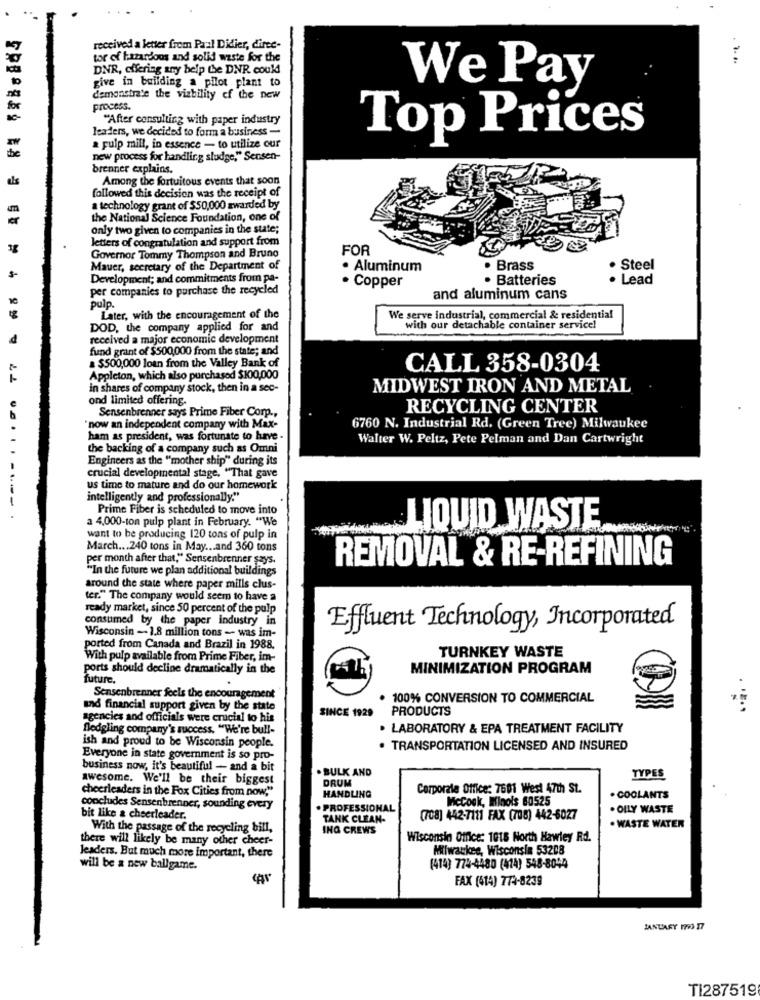
received a letter from Paal Didier, direc-
tor of hazardous and solid waste for the
....
DNR, offering any help the DNR could
give in building a pilot plant to
We Pay
demonstrate the viability of the new
for
process.
"After consulting with paper industry
leaders, we decided to form a business -
Top Prices
a pulp mill, in essence - to utilize our
the
new process for handling sludge," Sensen-
brenner explains.
als
Among the fortuitous events that soon
followed this decision was the receipt of
a technology grant of $50,000 zwarded by
the National Science Foundation, one of
only two given to companies in the state;
letters of congratulation and support from
FOR
Governor Tommy Thompson and Bruno
Mauer, secretary of the Department of
· Aluminum
· Brass
· Steel
Development; and commitments from pa-
· Batteries
· Lead
per companies to purchase the recycled
· Copper
and aluminum cans
pulp.
Later, with the encouragement of the
We serve industrial, commercial & residential
DOD, the company applied for and
with our detachable container service!
d
received a major economic development
fund grant of $500,000 from the state; and
a $500,000 loan from the Valley Bank of
CALL 358-0304
Appleton, which also purchased $100,000
in shares of company stock, then in a sec-
MIDWEST IRON AND METAL
ond limited offering.
Sensenbrenner says Prime Fiber Corp .,
RECYCLING CENTER
"now an independent company with Max-
6760 N. Industrial Rd. (Green Tree) Milwaukee
ham as president, was fortunate to have -
Walter W. Peltz, Pete Pelman and Dan Cartwright
the backing of a company such as Omni
Engineers as the "mother ship" during its
crucial developmental stage, "That gave
us time to mature and do our homework
intelligently and professionally."
-----
Prime Fiber is scheduled to move into
a 4,000-ton pulp plant in February. "We
LIQUID WASTE
want to be producing 120 tons of pulp in
March ... 240 tons in May ... and 360 tons
per month after that," Sensenbrenner says.
REMOVAL & RE-REFINING
"In the future we plan additional buildings
around the state where paper mills clus-
ter." The company would seem to have a
ready market, since 50 percent of the pulp
consumed by the paper industry in
Wisconsin - 1.8 million tons - was im-
Effluent Technology, Incorporated
ported from Canada and Brazil in 1988.
With pulp available from Prime Fiber, im-
TURNKEY WASTE
ports should decline dramatically in the
MINIMIZATION PROGRAM
future.
Sensenbrenner feels the encouragement
100% CONVERSION TO COMMERCIAL
and financial support given by the state
SINCE 1929
PRODUCTS
. ...
agencies and officials were crucial to his
fledgling company's success. "We're bull-
. LABORATORY & EPA TREATMENT FACILITY
ish and proud to be Wisconsin people.
. TRANSPORTATION LICENSED AND INSURED
Everyone in state government is so pro-
business now, it's beautiful - and a bit
. BULK AND
awesome. We'll be their biggest
DRUM
TYPES
cheerleaders in the Fox Cities from now,"
Corporate Office: 7601 West 47th St.
HANDLING
McCook, Minols 60525
. COOLANTS
concludes Sensenbrenner, sounding every
. PROFESSIONAL
. OLLY WASTE
bit like a cheerleader.
TANK CLEAN-
(708) 442-7111 FAX (706) 442-6027
With the passage of the recycling bill,
ING CREWS
. WASTE WATER
there will likely be many other cheer-
Wisconsin Office: 1015 North Hawley Rd.
Milwaukee, Wisconsin 53208
leaders. But much more important, there
will be a new ballgame.
(414) 774-4480 (414) 548-8044
FAX (414) 774-8239
JANUARY 1793 17
TI287519